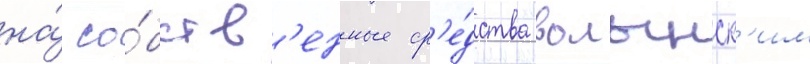
на́ со́бств'енные ср'е́дства волынск'им